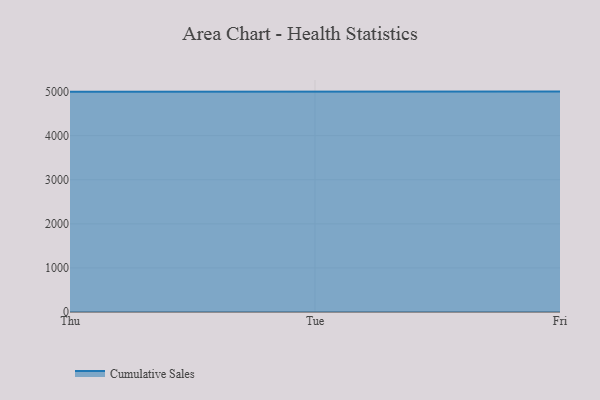
{"axis": {"x": "Day", "y": "Gross Profit (USD K)"}, "legend": ["Cumulative Sales"], "data": [{"x": "Thu", "y": 4999.4, "type": "Cumulative Sales"}, {"x": "Tue", "y": 5000, "type": "Cumulative Sales"}, {"x": "Fri", "y": 5000, "type": "Cumulative Sales"}]}